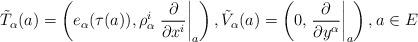
LaTeX: \begin{align*} \tilde{T}_{\alpha}(a)=\left( e_{\alpha}(\tau(a)), \rho^{i}_{\alpha}\left.\frac{\partial}{\partial x^{i}}\right|_{a} \right), \tilde{V}_{\alpha}(a)=\left( 0, \left.\frac{\partial}{\partial y^{\alpha}}\right|_{a} \right), a\in E\end{align*}